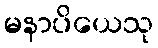
မနာပိယေသု